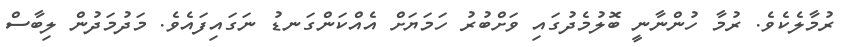
ރުމާލެކެވެ. ރުމާ ހުންނާނީ ބޮލުމެދުގައި ވަށްބުރު ހަމަޔަށް އެއްކަންގަނޑު ނަގައިފައެވެ. މަދުމަދުން ލިބާސް